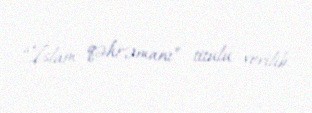
“İslam qəhrəmanı” titulu verilib.